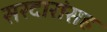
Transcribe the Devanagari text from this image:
सरदारांसह